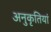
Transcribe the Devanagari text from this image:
अनुकृतियां